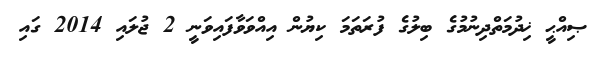
ޞިއްޙީ ޚިދުމަތްދިނުމުގެ ބިލުގެ ފުރަތަމަ ކިޔުން އިއްވަވާފައިވަނީ 2 ޖުލައި 2014 ގައި